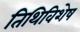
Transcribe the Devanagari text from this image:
तिथिविशेष